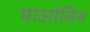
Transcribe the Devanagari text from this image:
पाओलिन